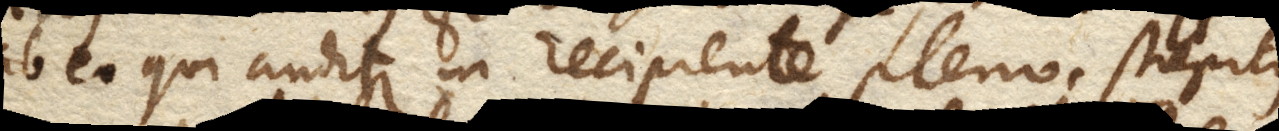
ab eo qui auditur in recipiente pleno. Strepitus